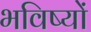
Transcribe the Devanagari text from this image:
भविष्यों